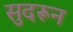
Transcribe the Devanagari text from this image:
सुदरून